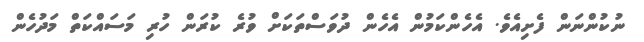
ނުކުންނަން ފެށިއެވެ. އެހެންކަމުން އެހެން ދުވަސްތަކަށް ވުރެ ކުރަން ހުރި މަސައްކަތް މަދުހެން